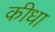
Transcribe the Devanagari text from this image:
कीधा